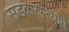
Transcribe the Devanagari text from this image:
सडकरस्त्याने